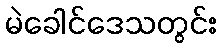
မဲခေါင်ဒေသတွင်း